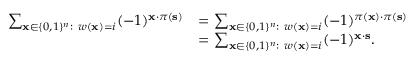
\begin{array} { r l } { \sum _ { \mathbf { x } \in \{ 0 , 1 \} ^ { n } : \ w ( \mathbf { x } ) = i } ( - 1 ) ^ { \mathbf { x } \cdot \pi ( \mathbf { s } ) } } & { = \sum _ { \mathbf { x } \in \{ 0 , 1 \} ^ { n } : \ w ( \mathbf { x } ) = i } ( - 1 ) ^ { \pi ( \mathbf { x } ) \cdot \pi ( \mathbf { s } ) } } \\ & { = \sum _ { \mathbf { x } \in \{ 0 , 1 \} ^ { n } : \ w ( \mathbf { x } ) = i } ( - 1 ) ^ { \mathbf { x } \cdot \mathbf { s } } . } \end{array}